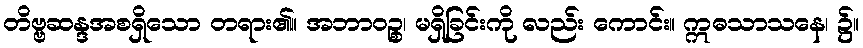
တိဗ္ဗဆန္ဒအစရှိသော တရား၏။ အဘာဝဉ္စ၊ မရှိခြင်းကို လည်း ကောင်း။ ဣဓသာသနေ၊ ၌။